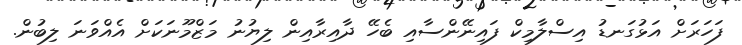
ފަހަރަށް އަޅުގަނޑު އިސްލާމިކް ފައިނޭންސާއި ބެހޭ ދާއިރާއިން ލިޔުނު މަޒްމޫނަކަށް އެއްވަނަ ލިބުން.